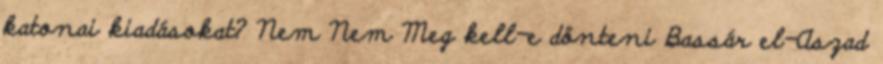
katonai kiadásokat? Nem Nem Meg kell-e dönteni Bassár el-Aszad